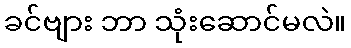
ခင်ဗျား ဘာ သုံးဆောင်မလဲ။